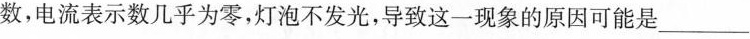
数，电流表示数几乎为零，灯泡不发光，导致这一现象的原因可能是___